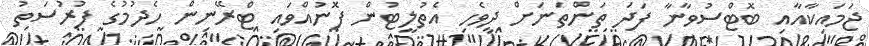
ޖަމައިކާއާއި ބޮޓްސުވާނާ ފަދަ ތަންތަނަށް ދިވެހި އެތުލީޓުން ފޮނުއްވައި ޓްރޭނިން ހެދުމުގެ ފުރުސަތު